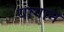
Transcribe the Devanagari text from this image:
यागान